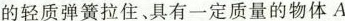
的轻质弹簧拉住、具有一定质量的物体A